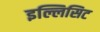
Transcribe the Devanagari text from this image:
इल्लिसिट